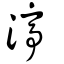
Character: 渟